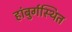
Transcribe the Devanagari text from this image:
हांबुर्गस्थित